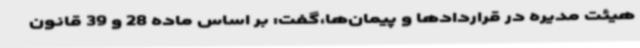
هیئت مدیره در قراردادها و پیمان‌ها،گفت: بر اساس ماده 28 و 39 قانون